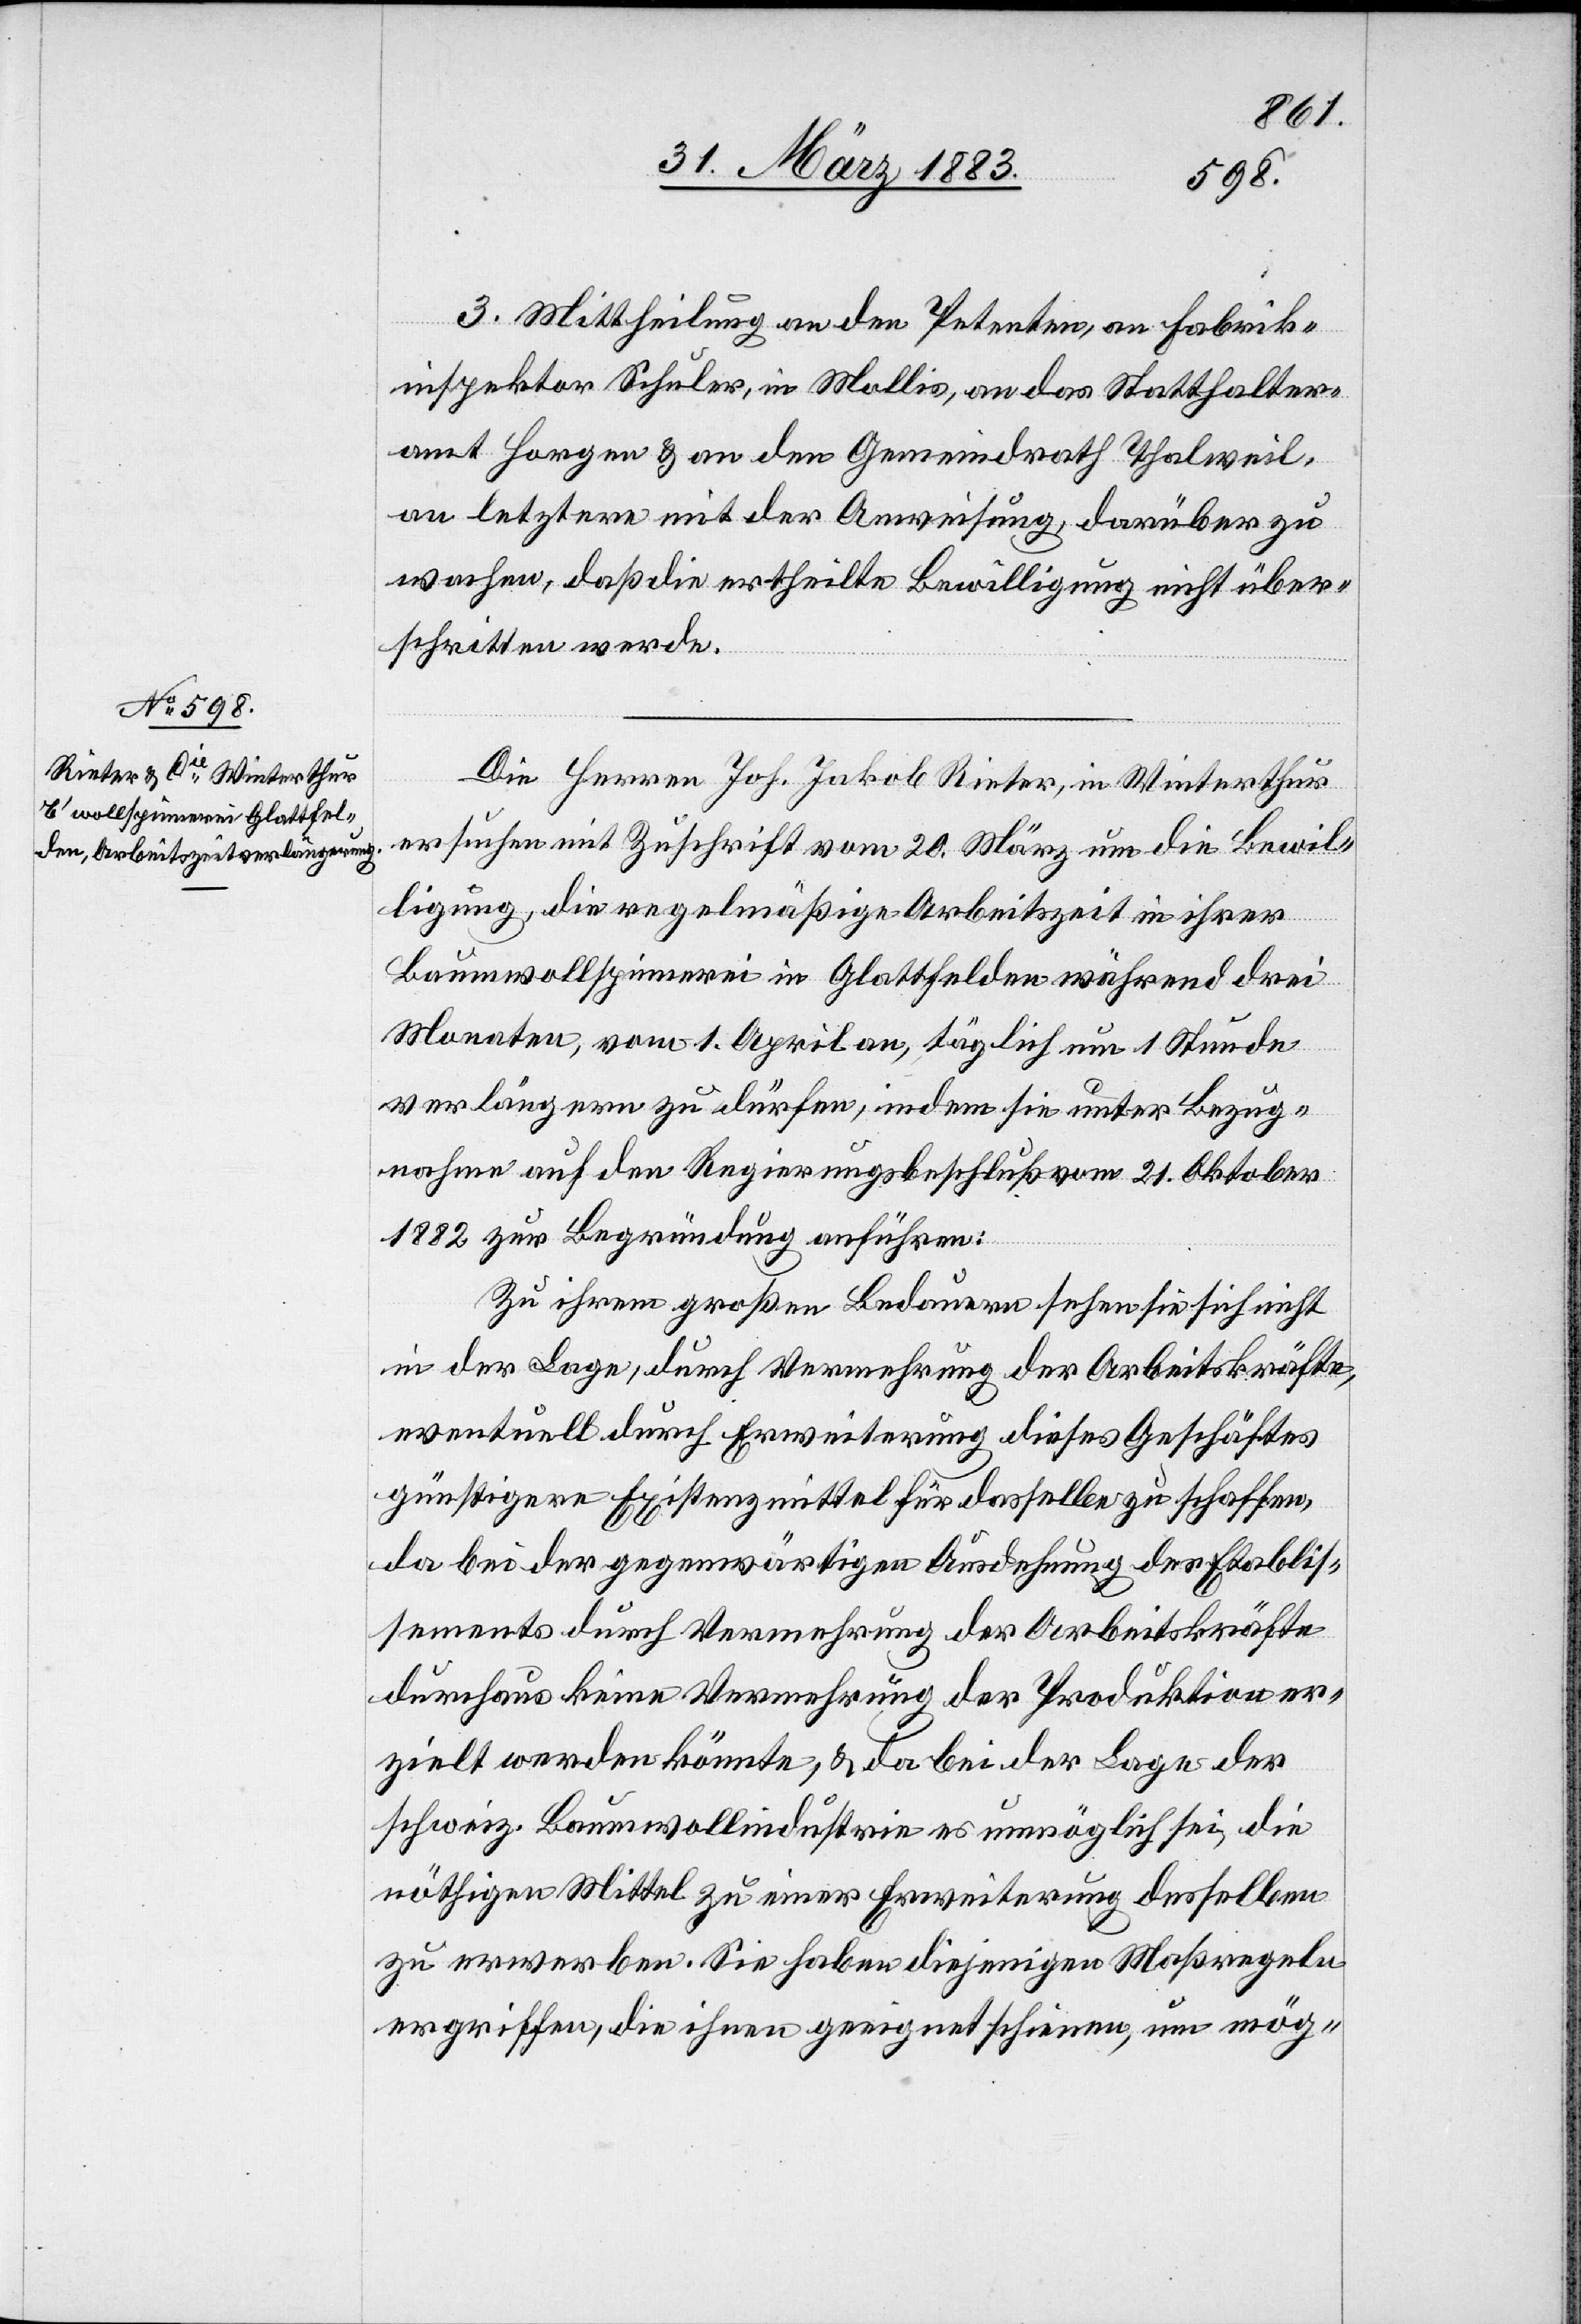
3. Mittheilung an den Petenten, an Fabrik¬
inspektor Schuler, in Mollis, an das Statthalter¬
amt Horgen & an den Gemeindrath Thalweil,
an letztere mit der Anweisung, darüber zu
wachen, daß die ertheilte Bewilligung nicht über¬
schritten werde.
Die Herren Joh. Jakob Rieter, in Winterthur
ersuchen mit Zuschrift vom 20. März um die Bewil¬
ligung, die regelmäßige Arbeitszeit in ihrer
Baumwollspinnerei in Glattfelden während drei
Monaten, vom 1. April an, täglich um 1 Stunde
verlängern zu dürfen, indem sie unter Bezug¬
nahme auf den Regierungsbeschluß vom 21. Oktober
1882 zur Begründung anführen:
Zu ihrem großen Bedauern sehen sie sich nicht
in der Lage, durch Vermehrung der Arbeitskräfte,
eventuell durch Erweiterung dieses Geschäftes
günstigere Existenzmittel für dasselbe zu schaffen,
da bei der gegenwärtigen Ausdehnung des Etablis¬
sements durch Vermehrung der Arbeitskräfte
durchaus keine Vermehrung der Produktion er¬
zielt werden könnte, & da bei der Lage der
schweiz. Baumwollindustrie es unmöglich sei, die
nöthigen Mittel zu einer Erweiterung desselben
zu erwerben. Sie haben diejenigen Maßregeln
ergriffen, die ihnen geeignet scheinen, um mög-